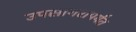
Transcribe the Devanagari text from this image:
उपसागरापर्यंत